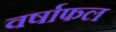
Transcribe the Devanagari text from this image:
वर्षाफल